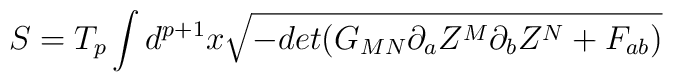
S =T_p \int d^{p+1}x \sqrt{-det(G_{MN} \partial_a Z^M\partial_b Z^N + F_{ab} ) }